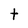
Character: t